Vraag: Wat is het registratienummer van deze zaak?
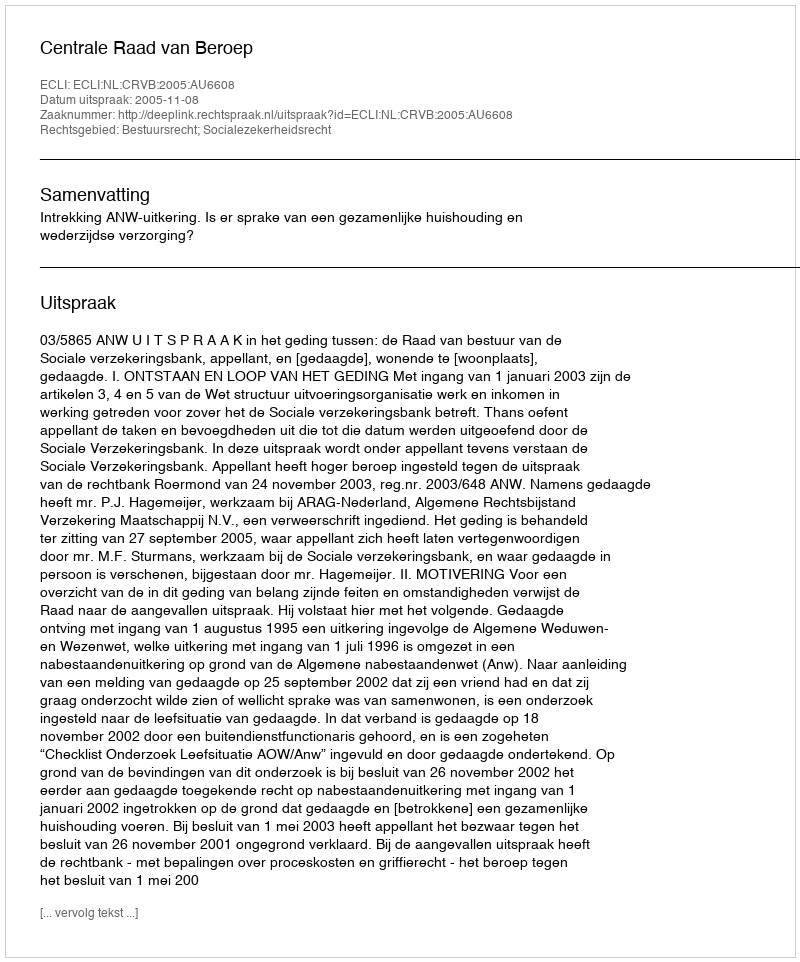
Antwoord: http://deeplink.rechtspraak.nl/uitspraak?id=ECLI:NL:CRVB:2005:AU6608